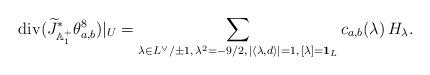
LaTeX: \begin{align*}{\rm div}(\widetilde{J}_{{\Bbb A}_{1}^{+}}^{*}\theta_{a,b}^{8})|_{U}=\sum_{\lambda\in L^{\lor}/\pm1,\,\lambda^{2}=-9/2,\,|\langle\lambda,d\rangle|=1,\,[\lambda]={\bf 1}_{L}}c_{a,b}(\lambda)\,H_{\lambda}.\end{align*}